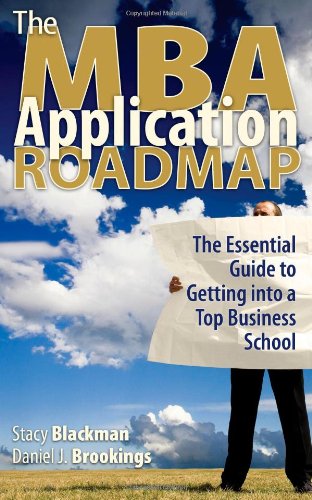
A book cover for The MBA Application Roadmap: The Essential Guide to Getting Into a Top Business School; Stacy Blackman; Education & Teaching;